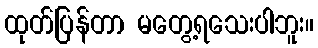
ထုတ်ပြန်တာ မတွေ့ရသေးပါဘူး။